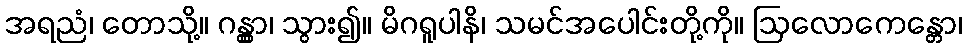
အရညံ၊ တောသို့။ ဂန္တွာ၊ သွား၍။ မိဂရူပါနိ၊ သမင်အပေါင်းတို့ကို။ ဩလောကေန္တော၊